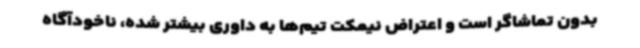
بدون تماشاگر است و اعتراض نیمکت تیم‌ها به داوری بیشتر شده، ناخودآگاه